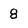
Character: 8